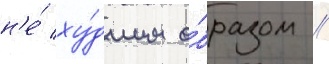
н'е́ ху́дшим о́бразом //